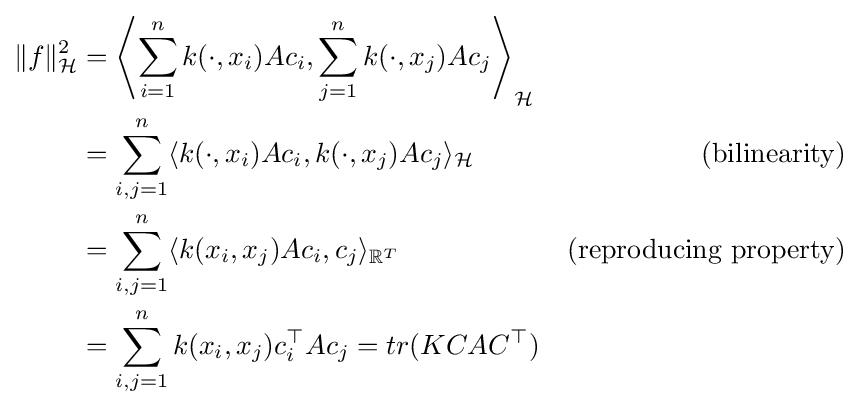
{\begin{aligned}\|f\|_{\mathcal {H}}^{2}&=\left\langle \sum _{i=1}^{n}k(\cdot ,x_{i})Ac_{i},\sum _{j=1}^{n}k(\cdot ,x_{j})Ac_{j}\right\rangle _{\mathcal {H}}\\&=\sum _{i,j=1}^{n}\langle k(\cdot ,x_{i})Ac_{i},k(\cdot ,x_{j})Ac_{j}\rangle _{\mathcal {H}}&{\text{(bilinearity)}}\\&=\sum _{i,j=1}^{n}\langle k(x_{i},x_{j})Ac_{i},c_{j}\rangle _{\mathbb {R} ^{T}}&{\text{(reproducing property)}}\\&=\sum _{i,j=1}^{n}k(x_{i},x_{j})c_{i}^{\top }Ac_{j}=tr(KCAC^{\top })\end{aligned}}